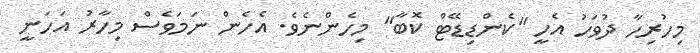
މިހުރިހާ ދުވަހު އެހީ "ކެންޑިޑޭޓް ކޮބާ" މިހެންނެވެ. އެހެން ނަމަވެސް މިހާރު އަހަނީ